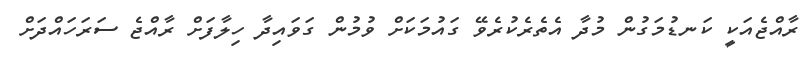
ރާއްޖެއަކީ ކަނޑުމަގުން މުދާ އެތެރެކުރެވޭ ގައުމަކަށް ވުމުން ގަވައިދާ ހިލާފަށް ރާއްޖެ ސަރަހައްދަށް